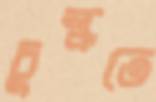
চুল্‌কতে